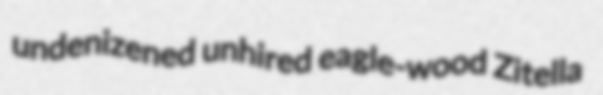
undenizened unhired eagle-wood Zitella